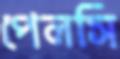
পেলসি